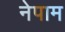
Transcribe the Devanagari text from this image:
नेपाम